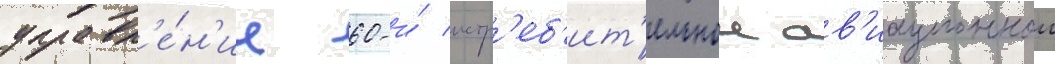
управл'е́н'ие 60-и́ истр'еб'ит'ельнои ав'иационнои